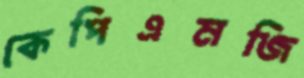
কেপিএমজি